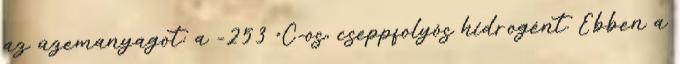
az üzemanyagot: a -253 °C-os, cseppfolyós hidrogént. Ebben a